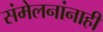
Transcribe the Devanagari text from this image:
संमेलनांनाही